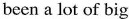
been a lot of big